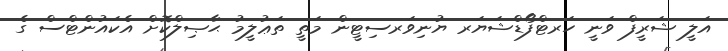
އަލީ ޝަރީފް ވަނީ ހަރޓްފޯޑްޝަޔަރ ޔުނިވަރސިޓީން މަތީ ތަޢުލީމު ޙާޞިލްކޮށް އެކައުންޓްސް ގެ